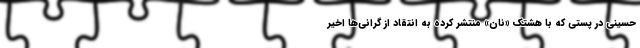
حسینی در پستی که با هشتک «نان» منتشر کرده به انتقاد از گرانی‌ها اخیر